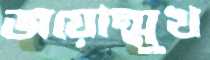
জয়োন্মুখ